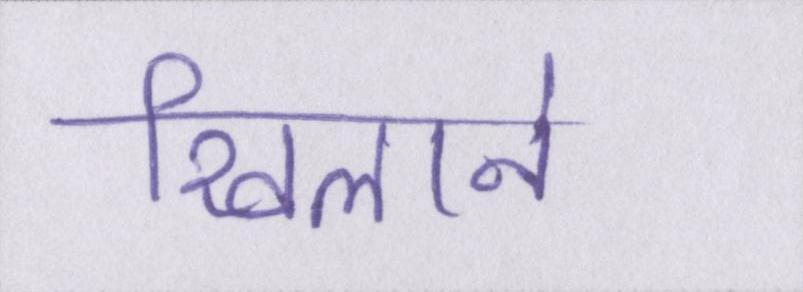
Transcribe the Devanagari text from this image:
खिलाने